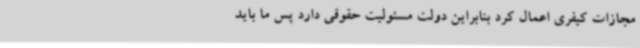
مجازات کیفری اعمال کرد بنابراین دولت مسئولیت حقوقی دارد پس ما باید